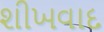
શીખવાદ